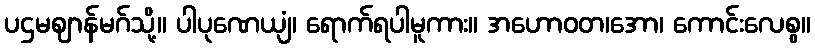
ပဌမဈာန်မဂ်သို့။ ပါပုဏေယျံ၊ ရောက်ရပါမူကား။ အဟောဝတ၊အော၊ ကောင်းလေစွ။